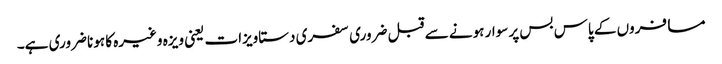
مسافروں کے پاس بس پر سوار ہونے سے قبل ضروری سفری دستاویزات یعنی ویزہ وغیرہ کا ہونا ضروری ہے۔